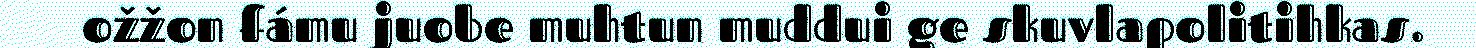
ožžon fámu juobe muhtun muddui ge skuvlapolitihkas.